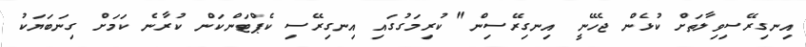
އިނގިރޭސިވިލާތަށް ކުޅެން ޖެހޭނީ އިނގިރޭސިން" ކުރިމަގުގައި އިނގިރޭސި ކެޕްޓަންކަން ކުރާނެ ކަމަށް ގިނަބަޔަކު